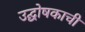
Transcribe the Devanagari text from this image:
उद्घोषकाची